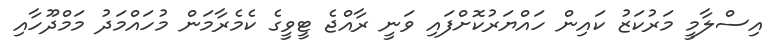
އިސްލާމީ މަރުކަޒު ކައިން ހައްޔަރުކޮށްފައި ވަނީ ރާއްޖެ ޓީވީގެ ކެމެރާމަން މުހައްމަދު މަމްދޫހާއި